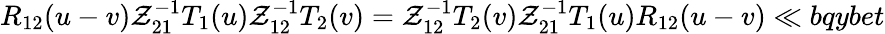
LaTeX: {R}_{12}(u-v)\mathcal{Z}_{21}^{-1}T_{1}(u)\mathcal{Z}_{12}^{-1}T_{2}(v)=\mathcal{Z}_{12}^{-1}T_{2}(v)\mathcal{Z}_{21}^{-1}T_{1}(u){R}_{12}(u-v)\ll{bqybet}